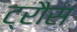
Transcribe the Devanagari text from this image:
ट्रौस